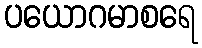
ပယောဂမာစရေ